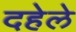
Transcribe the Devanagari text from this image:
दहेले